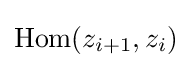
\operatorname {Hom} (z_{i+1},z_{i})